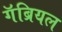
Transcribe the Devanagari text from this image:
गॅब्रियल